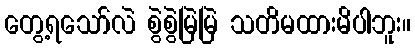
တွေ့ရသော်လဲ စွဲစွဲမြဲမြဲ သတိမထားမိပါဘူး။